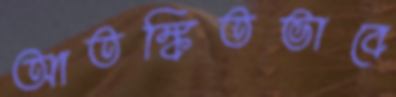
আতঙ্কিতভাবে